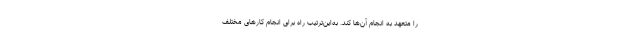
را متعهد به انجام آن‌ها کند. به‌این‌ترتیب راه برای انجام کارهای مختلفِ